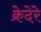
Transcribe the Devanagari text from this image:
क्रेदेरे